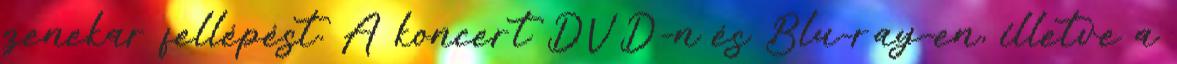
zenekar fellépést. A koncert DVD-n és Blu-ray-en, illetve a